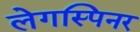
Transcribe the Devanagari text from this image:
लेगस्पिनर